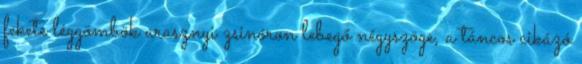
fekete léggömbök arasznyi zsinóron lebegő négyszöge, a táncos cikázó